Lunatic asylums Bombay report 1891-1903 - 1891-1903
Year: 1891
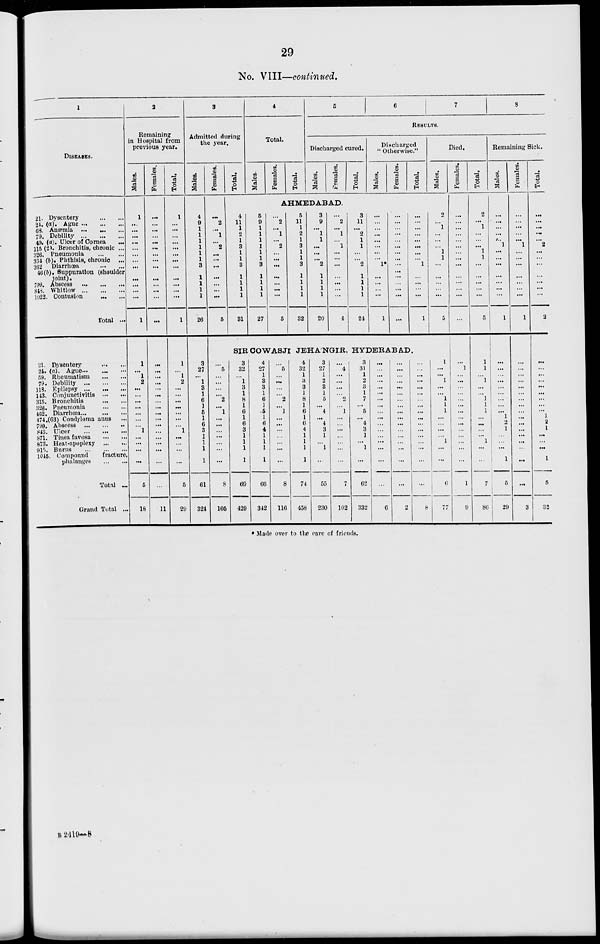
29
No. VIII—continued.
1
DISEASES.
21. Dysentery
...
...
24. (a). Ague ... ... ...
68. Anæmia
...
...
...
79. Debility
...
...
...
49. (a). Ulcer of Cornea ...
115 (2). Bronchitis, chronic ...
326. Pneumonia
...
...
334 (b). Phthisis, chronic ...
362 Diarrhœa ... ...
46(b). Suppuration (shoulder
joint).
709. Abscess
...
...
...
843. Whitlow
...
...
...
1022. Contusion ... ...
Total ...
21. Dysentery
...
...
24. (a). Ague ... ... ...
59. Rheumatism
...
...
79. Debility
...
...
...
118. Epilepsy ... ... ...
143. Conjunctivitis
...
...
315. Bronchitis
...
...
326. Pneumonia
...
...
462. Diarrhœa ... ... ...
474.(63) Condyloma anus ...
799. Abscess
...
...
...
843. Ulcer
...
...
...
871. Tinea favosa
...
...
873. Heat-apoplexy
...
...
915. Burns
...
...
...
1045. Compound
fracture,
phalanges
...
...
Total ...
Grand Total ...
2
Remaining
in Hospital from
previous year.
Males.
1
...
...
...
...
...
...
...
...
...
...
...
...
1
1
...
1
2
...
...
...
...
...
...
...
1
...
...
...
...
5
18
Females.
...
...
...
...
...
...
...
...
...
...
...
...
...
...
...
...
...
...
...
...
...
...
...
...
...
...
...
...
...
...
...
11
Total.
1
...
...
...
...
...
...
...
...
...
...
...
...
1
1
...
1
2
...
...
...
...
...
...
...
1
...
...
...
...
5
29
3
Admitted during
the year.
Males.
4
9
1
1
1
1
1
1
3
1
1
1
1
26
3
27
... 1
3
1
6
1
5
1
6
3
1
1
1
1
61
324
Females.
...
2
...
1
...
2
...
...
...
...
...
...
...
5
...
5
...
...
...
...
2
...
1
...
...
...
...
...
...
...
8
105
Total.
4
11
1
2
1
3
1
1
3
1
1
1
1
31
4
Total.
Males.
Females.
Total.
5
6
7
8
RESULTS.
Discharged cured.
Males.
Females.
AHMEDABAD.
5
9
1
1
1
1
1
1
3
1
1
1
1
27
...
2
... 1
...
2
...
...
...
...
...
...
...
5
5
11
1
2
1
3
1
1
3
1
1
1
1
32
3
9
... 1
1
...
...
...
2
1
1
1
1
20
...
2
... 1
...
1
...
...
...
...
...
...
...
4
Total.
3
11
... 2
1
1
...
...
2
1
1
1
1
24
Discharged
" Otherwise."
Males.
Females.
Total.
...
...
...
...
...
...
...
...
1*
...
...
...
...
1
...
...
...
...
...
...
...
...
...
...
...
...
...
...
...
...
...
...
...
...
...
...
1
...
...
...
...
1
SIR COWASJI JEHA'NGIR, HYDERABAD.
3
32
...
1
3
1
8
1
6
1
6
3
1
1
1
1
69
429
4
27
1
3
3
1
6
1
5
1
6
4
1
1
1
1
66
342
...
5
...
...
...
...
2
...
1
...
...
...
...
...
...
...
8
116
4
32
1
3
3
1
8
1
6
1
6
4
1
1
1
1
74
458
3
27
1
2
3
1
5
...
4
...
4
3
1
...
1
...
55
230
...
4
...
...
...
...
2
...
1
...
...
...
...
...
...
...
7
102
3
31
1
2
3
1
7
...
5
...
4
3
1
...
1
...
62
332
...
...
...
...
...
...
...
...
...
...
...
...
...
...
...
...
...
6
...
...
...
...
...
...
...
...
...
...
...
...
...
...
...
...
...
2
...
...
...
...
...
...
...
...
...
...
...
...
...
...
...
...
...
8
Died.
Males.
2
...
1
...
...
...
1
1
...
...
...
...
...
5
1
...
... 1
...
...
1
1
1
...
...
...
...
1
...
...
6
77
Females.
...
...
...
...
...
...
...
...
...
...
...
...
...
...
...
1
...
...
...
...
...
...
...
...
...
...
...
...
...
...
1
9
Total.
2
...
1
...
...
...
1
1
...
...
...
...
...
5
1
1
...
1
...
...
1
1
1
...
...
...
...
1
...
...
7
86
Remaining Sick.
Males.
...
...
...
...
...
1
...
...
...
...
...
...
...
1
...
...
...
...
...
...
...
...
...
1
2
1
...
...
...
1
5
29
Females.
...
...
...
...
...
1
...
...
...
...
...
...
...
1
...
...
...
...
...
...
...
...
...
...
...
...
...
...
...
...
...
3
Total.
...
...
...
...
...
2
...
...
...
...
...
...
...
2
...
...
...
...
...
...
...
...
...
1
2
1
...
...
...
1
5
32
* Made over to the care of friends.
B 2419—8